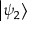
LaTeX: \left| \psi _ { 2 } \right\rangle